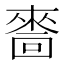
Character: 𠾂